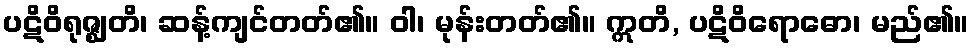
ပဋိဝိရုဇ္ဈတိ၊ ဆန့်ကျင်တတ်၏။ ဝါ၊ မုန်းတတ်၏။ ဣတိ, ပဋိဝိရောဓော၊ မည်၏။